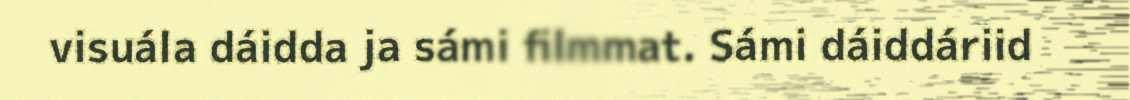
visuála dáidda ja sámi filmmat. Sámi dáiddáriid